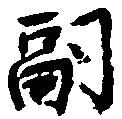
嗣